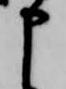
申